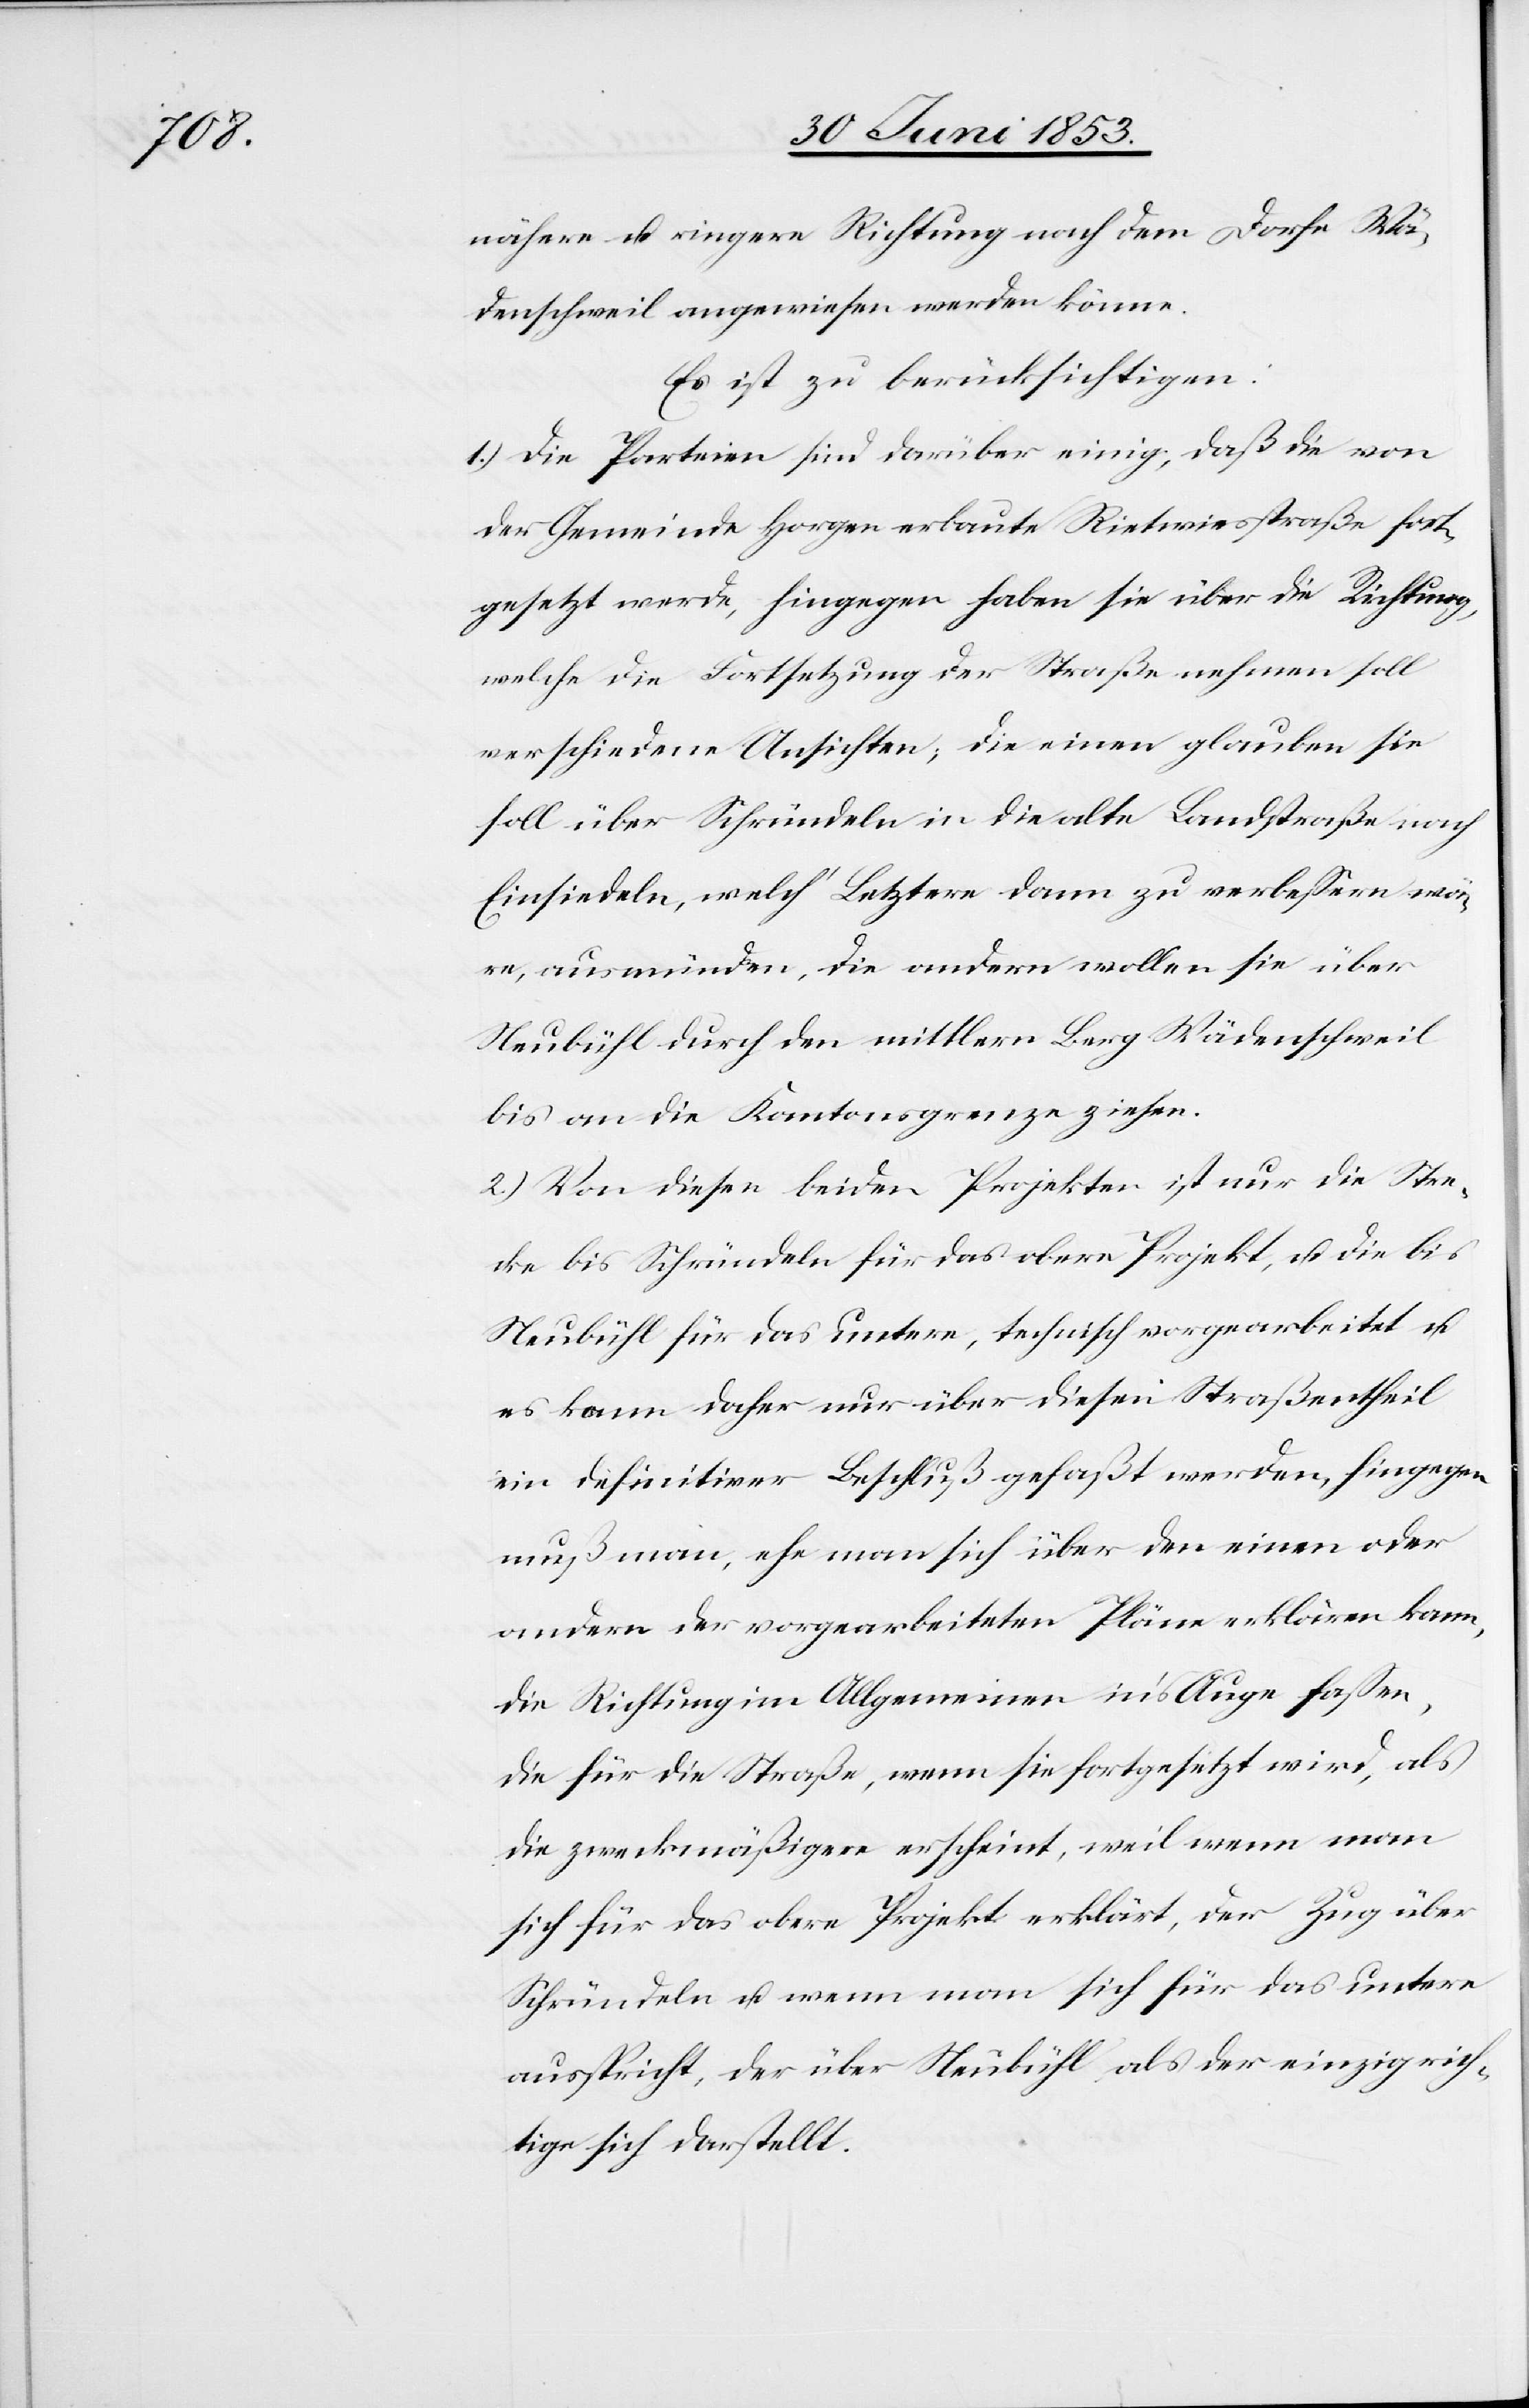
fort¬

nähere u. ringere Richtung nach dem Dorfe Wä¬
denschweil angewiesen werden könne.
Es ist zu berücksichtigen:
1.) Die Parteien sind darüber einig, daß die von
gesetzt werde, hingegen haben sie über die Richtung,
welche die Fortsetzung der Straße nehmen soll
verschiedene Ansichten, die einen glauben sie
soll über Schründeln in die alte Landstraße nach
Einsiedeln, welch’ Letztere dann zu verbeßern wä¬
re, ausmünden, die andern wollen sie über
Neubühl durch den mittlern Berg Wädenschweil
bis an die Kantonsgrenze ziehen.
2.) Von diesen beiden Projekten ist nur die Stre¬
cke bis Schründeln für das obere Projekt, u. die bis
Neubühl für das untere, technisch vorgearbeitet u.
es kann daher nur über diesen Straßentheil
ein definitiver Beschluß gefaßt werden, hingegen
muß man, ehe man sich über den einen oder
andern der vorgearbeiteten Pläne erklären kann,
die Richtung im Allgemeinen in’s Auge faßen,
die für die Straße, wenn sie fortgesetzt wird, als
die zweckmäßigere erscheint, weil wenn man
sich für das obere Projekt erklärt, der Zug über
Schründeln u. wenn man sich für das untere
ausspricht, der über Neubühl als der einzig rich¬
tige sich darstellt.